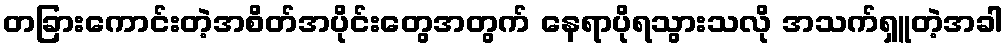
တခြားကောင်းတဲ့အစိတ်အပိုင်းတွေအတွက် နေရာပိုရသွားသလို အသက်ရှူတဲ့အခါ